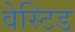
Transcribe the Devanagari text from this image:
वेस्टिड